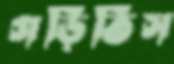
গড়িতিস